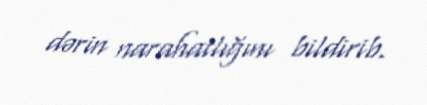
dərin narahatlığını bildirib.